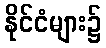
နိုင်ငံများ၌